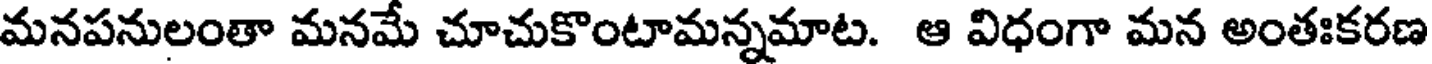
మనపనులంతా మనమే చూచుకొంటామన్నమాట. ఆ విధంగా మన అంతఃకరణ